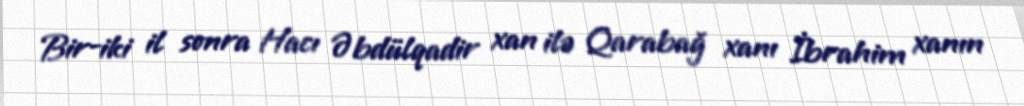
Bir-iki il sonra Hacı Əbdülqadir xan ilə Qarabağ xanı İbrahim xanın